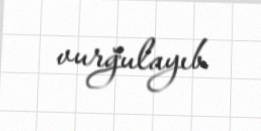
vurğulayıb.